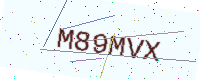
Text: M89MVX